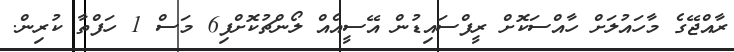
ރާއްޖޭގެ މާހައުލަށް ހާއްސަކޮށް ރީފްސައިޑުން އޭސީއެއް ލޯންޗުކޮށްފި6 މަސް 1 ހަފްތާ ކުރިން.